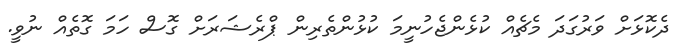
ދެކޮޅަށް ވަރުގަދަ މެޗެއް ކުޅެންޖެހުނީމަ ކުޅުންތެރިން ޕްރެޝަރަށް ގޮސް ހަމަ ގޮތެއް ނުވީ.